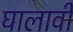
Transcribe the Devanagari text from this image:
घालावीं